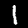
Digit: 1